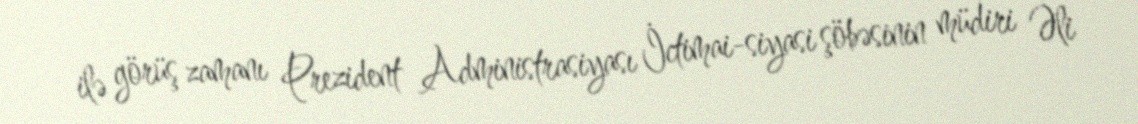
ilə görüş zamanı Prezident Administrasiyası İctimai-siyasi şöbəsinin müdiri Əli